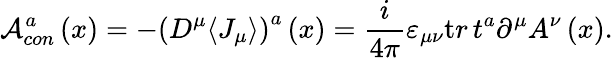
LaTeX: {\mathcal A}_{con}^{a}\left(x\right)=-\left(D^{\mu}\langle J_{\mu}\rangle\right)^{a}\left(x\right)=\frac i{4\pi}\varepsilon_{\mu\nu}{\mathrm tr}\, t^{a}\partial^{\mu}A^{\nu}\left(x\right).